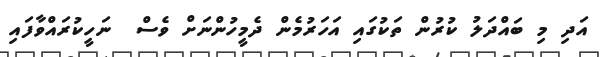
އަދި މި ބައްދަލު ކުރުން ތަކުގައި އަހަރުމެން ދެމީހުންނަށް ވެސް  ނަހީކުރައްވާފައި